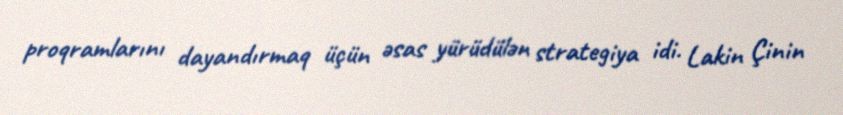
proqramlarını dayandırmaq üçün əsas yürüdülən strategiya idi. Lakin Çinin